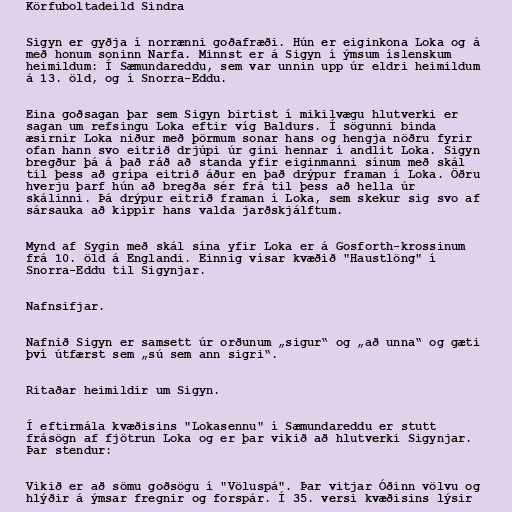
Körfuboltadeild Sindra

Sigyn er gyðja í norrænni goðafræði. Hún er eiginkona Loka og á
með honum soninn Narfa. Minnst er á Sigyn í ýmsum íslenskum
heimildum: Í Sæmundareddu, sem var unnin upp úr eldri heimildum
á 13. öld, og í Snorra-Eddu.

Eina goðsagan þar sem Sigyn birtist í mikilvægu hlutverki er
sagan um refsingu Loka eftir víg Baldurs. Í sögunni binda
æsirnir Loka niður með þörmum sonar hans og hengja nöðru fyrir
ofan hann svo eitrið drjúpi úr gini hennar í andlit Loka. Sigyn
bregður þá á það ráð að standa yfir eiginmanni sínum með skál
til þess að grípa eitrið áður en það drýpur framan í Loka. Öðru
hverju þarf hún að bregða sér frá til þess að hella úr
skálinni. Þá drýpur eitrið framan í Loka, sem skekur sig svo af
sársauka að kippir hans valda jarðskjálftum.

Mynd af Sygin með skál sína yfir Loka er á Gosforth-krossinum
frá 10. öld á Englandi. Einnig vísar kvæðið "Haustlöng" í
Snorra-Eddu til Sigynjar.

Nafnsifjar.

Nafnið Sigyn er samsett úr orðunum „sigur“ og „að unna“ og gæti
því útfærst sem „sú sem ann sigri“.

Ritaðar heimildir um Sigyn.

Í eftirmála kvæðisins "Lokasennu" í Sæmundareddu er stutt
frásögn af fjötrun Loka og er þar vikið að hlutverki Sigynjar.
Þar stendur:

Vikið er að sömu goðsögu í "Völuspá". Þar vitjar Óðinn völvu og
hlýðir á ýmsar fregnir og forspár. Í 35. versi kvæðisins lýsir